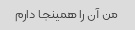
من آن را همینجا دارم